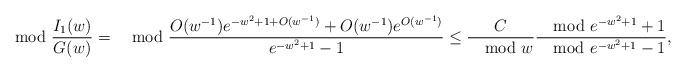
LaTeX: \begin{align*}\mod{\frac{I_1(w)}{G(w)}}&=\mod{\frac{O(w^{-1})e^{-w^2+1+O(w^{-1})}+O(w^{-1})e^{O(w^{-1})}}{e^{-w^2+1}-1}}\leq\frac{C}{\mod{w}}\frac{\mod{e^{-w^2+1}}+1}{\mod{e^{-w^2+1}-1}},\end{align*}